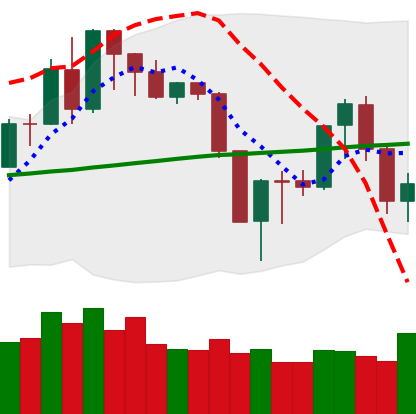
Ticker: XMR-USD
Chart end date: 2019-08-22
Forward return: -4.918%
Label: down_3_5